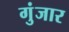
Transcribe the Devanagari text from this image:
गुंजार